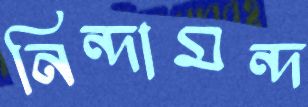
নিন্দামন্দ